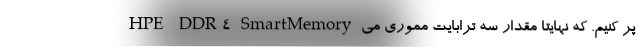
HPE DDR4 SmartMemory پر کنیم. که نهایتا مقدار سه ترابایت مموری می